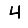
Digit: 4